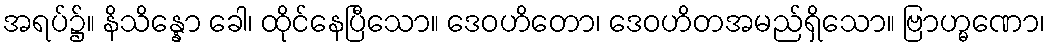
အရပ်၌။ နိသိန္နော ခေါ၊ ထိုင်နေပြီသော။ ဒေဝဟိတော၊ ဒေဝဟိတအမည်ရှိသော။ ဗြာဟ္မဏော၊